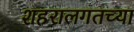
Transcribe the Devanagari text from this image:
शहरालगतच्या